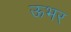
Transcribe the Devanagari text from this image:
ऊभर